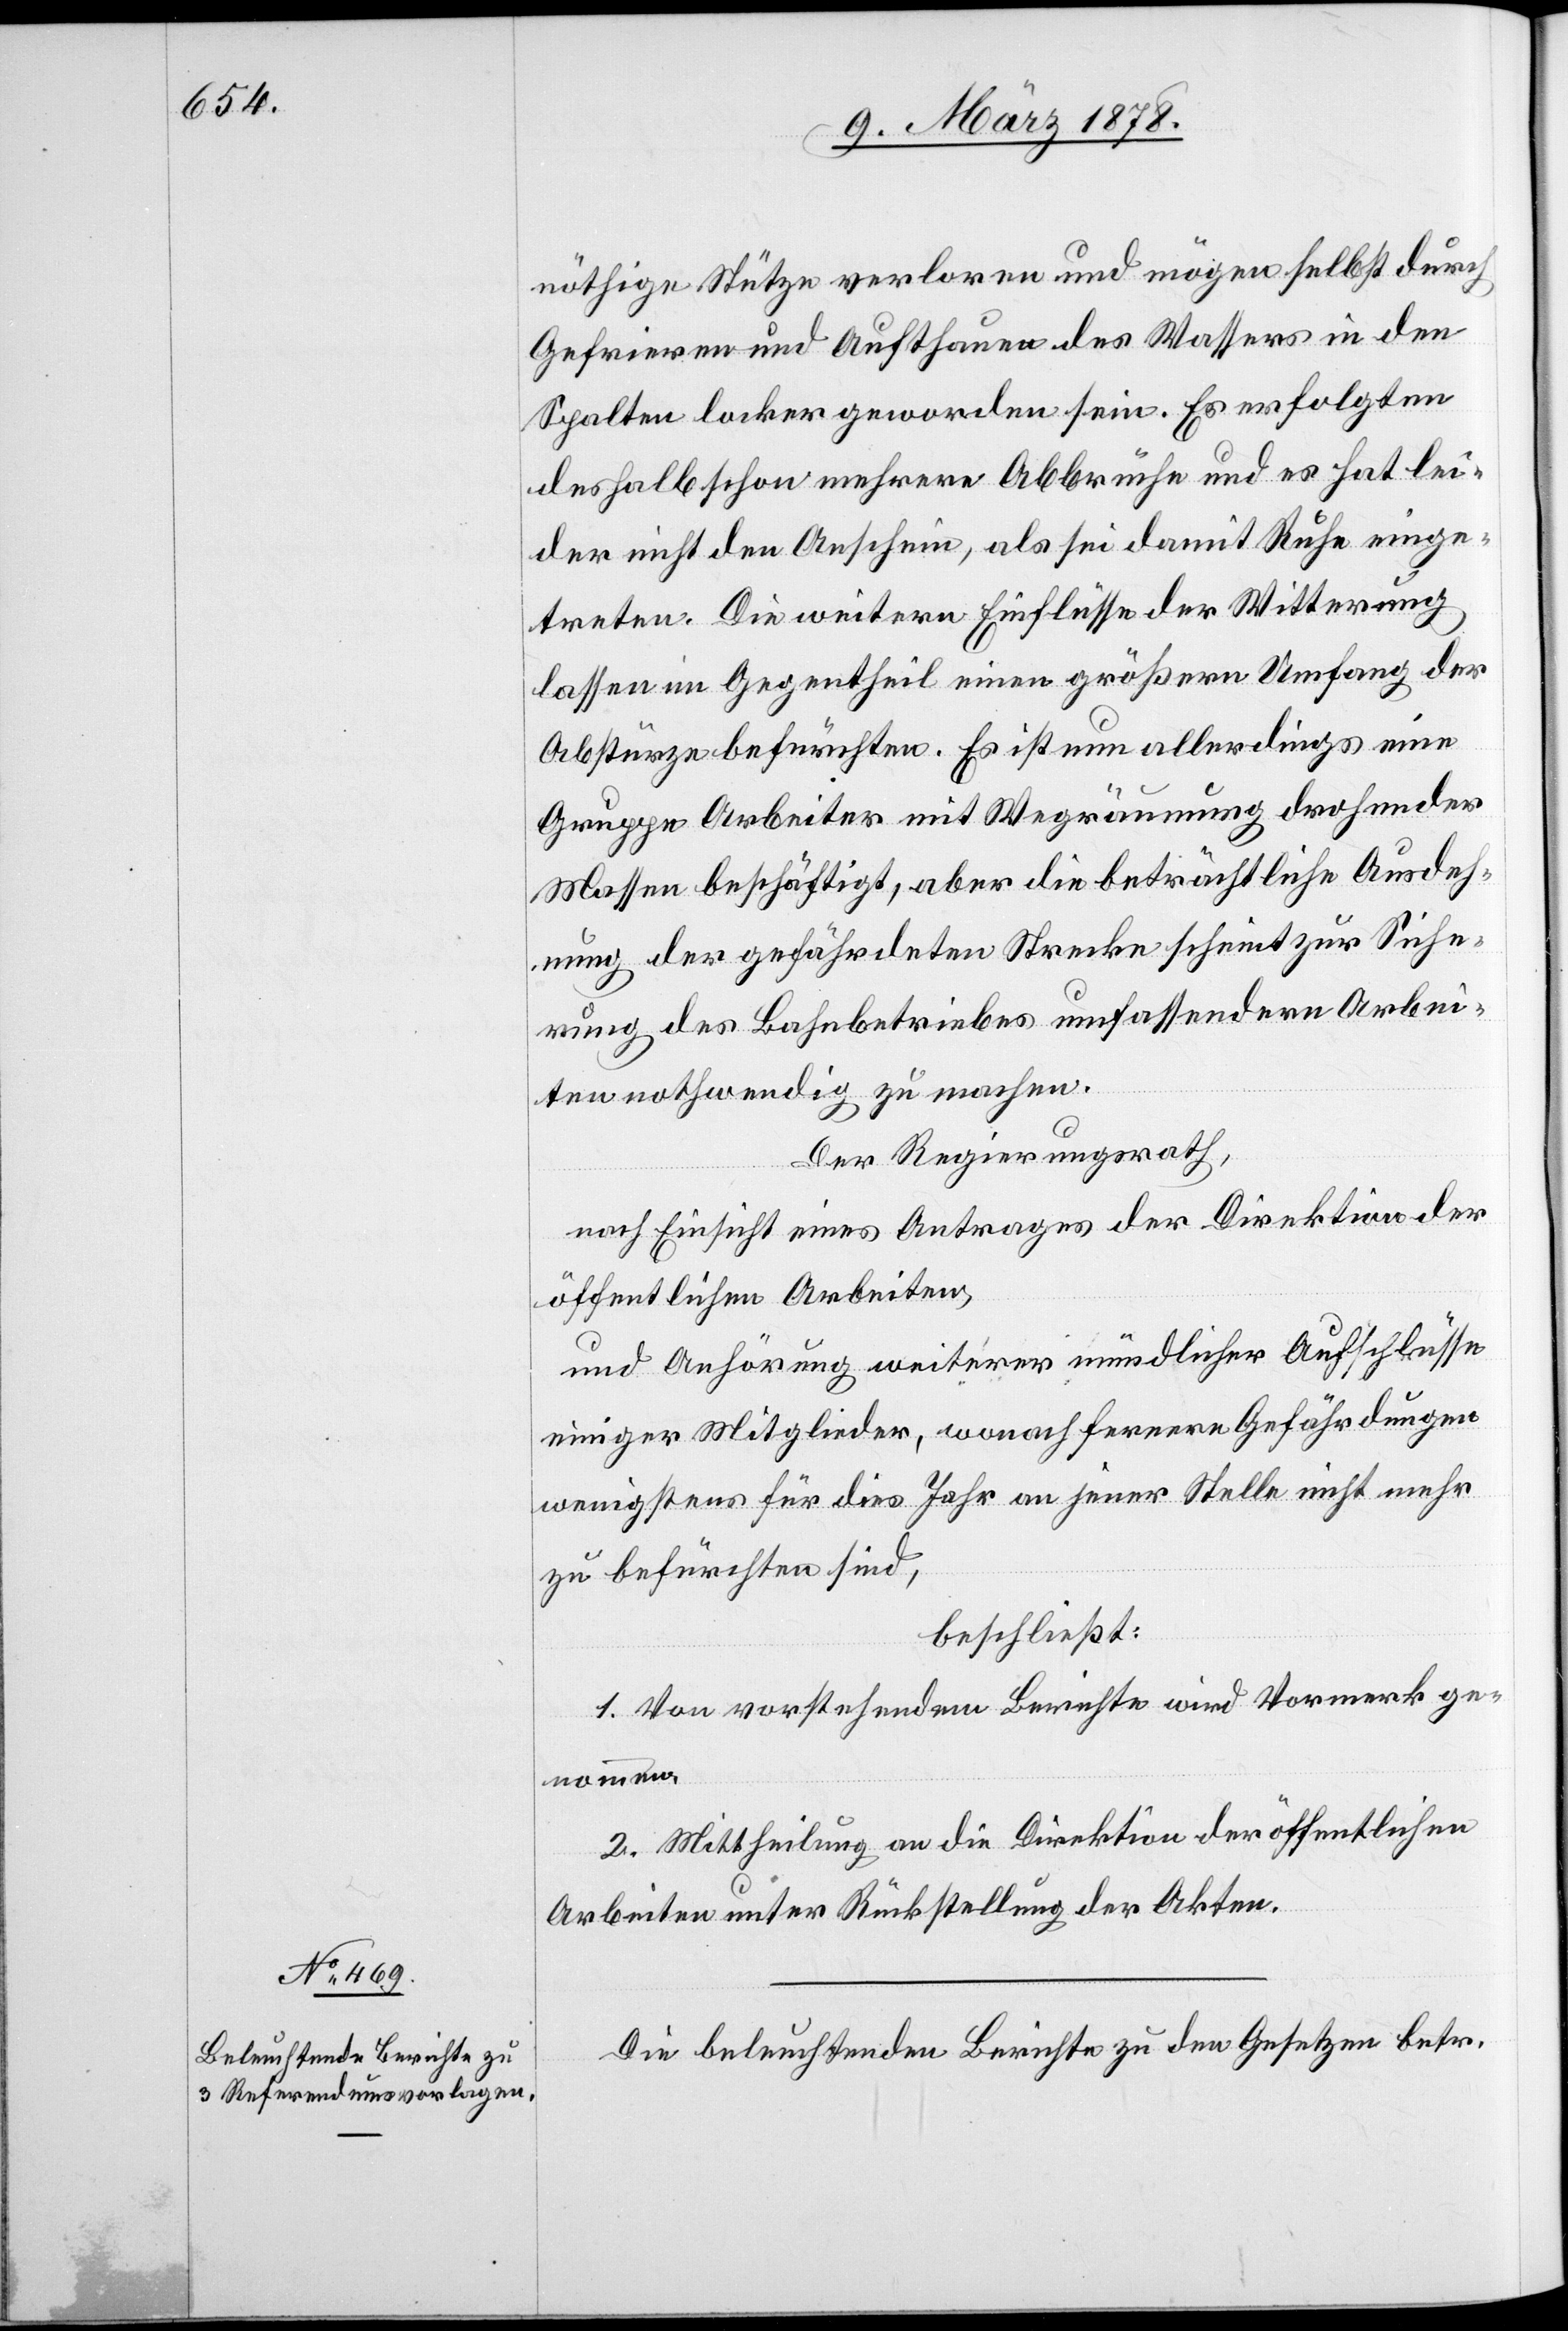
nöthige Stütze verloren und mögen selbst durch
Gefrieren und Auftauen des Wassers in den
Spalten locker geworden sein. Es erfolgten
deshalb schon mehrere Abbrüche und es hat lei¬
der nicht den Anschein, als sei damit Ruhe einge¬
treten. Die weitern Einflüsse der Witterung
lassen im Gegentheil einen größern Umfang der
Abstürze befürchten. Es ist nun allerdings eine
Gruppe Arbeiter mit Wegräumung drohender
Massen beschäftigt, aber die beträchtliche Ausdeh¬
nung der gefährdeten Strecke scheint zur Siche¬
rung des Bahnbetriebes umfassendere Arbei¬
ten nothwendig zu machen.
Der Regierungsrath,
nach Einsicht eines Antrages der Direktion der
öffentlichen Arbeiten,
und Anhörung weiterer mündlicher Aufschlüsse
einiger Mitglieder, wonach fernere Gefährdungen
wenigstens für dies Jahr an jener Stelle nicht mehr
zu befürchten sind,
beschließt:
1. Von vorstehendem Berichte wird Vormerk ge¬
nommen.
2. Mittheilung an die Direktion der öffentlichen
Arbeiten unter Rückstellung der Akten.
Die beleuchtenden Berichte zu den Gesetzen betr.